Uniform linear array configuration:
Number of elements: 12
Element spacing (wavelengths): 0.25
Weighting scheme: kaiser
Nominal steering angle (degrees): -15
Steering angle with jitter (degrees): -15.151
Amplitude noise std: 0.05
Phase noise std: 0.05

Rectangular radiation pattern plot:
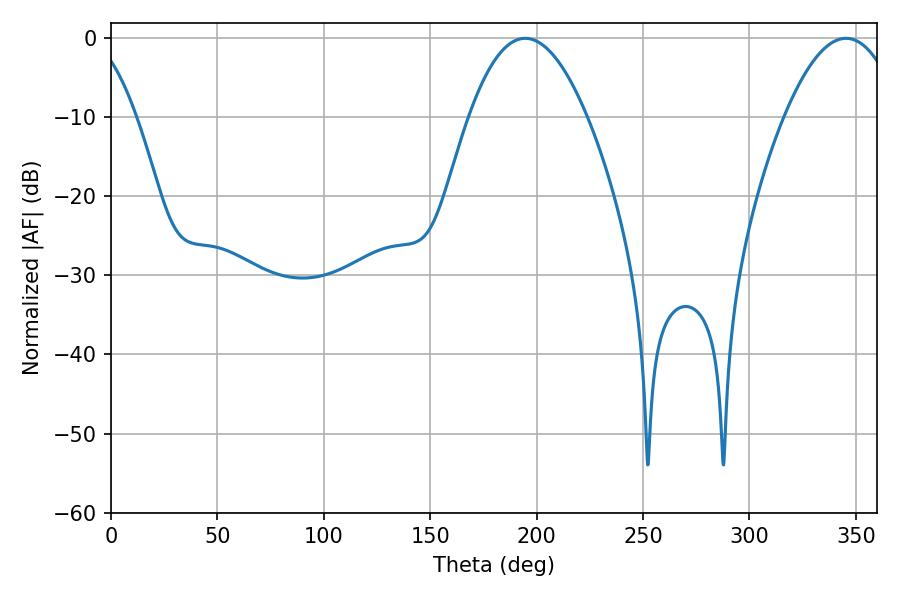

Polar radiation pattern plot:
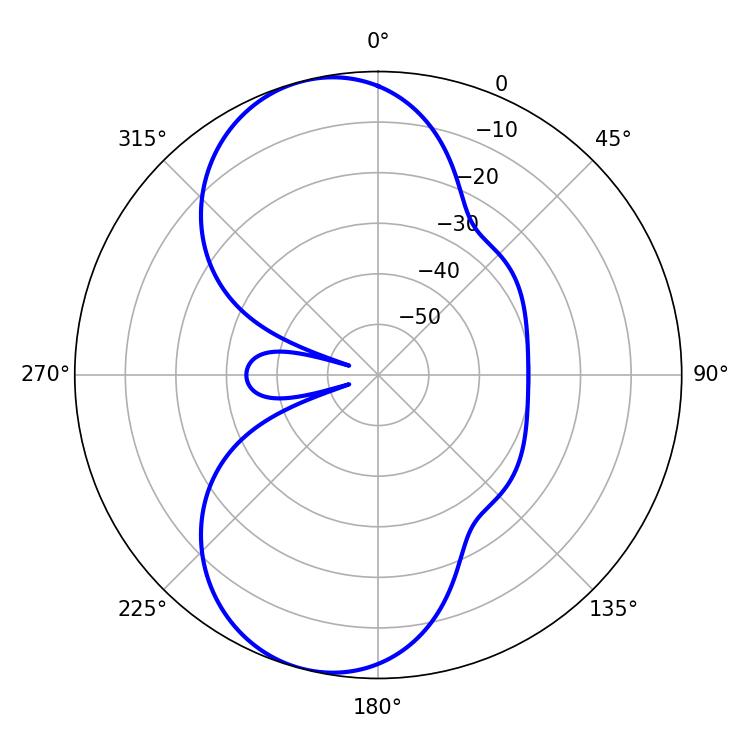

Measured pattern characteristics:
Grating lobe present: FALSE
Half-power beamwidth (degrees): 30.42
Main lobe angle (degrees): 194.58